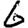
Digit: 6